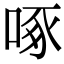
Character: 啄